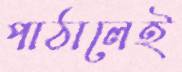
পাঠালেই